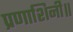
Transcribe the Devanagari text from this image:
प्रणाशिनी॥